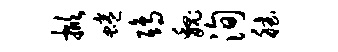
掀蜷鸱魏洵德